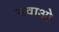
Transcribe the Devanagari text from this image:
नवाओ